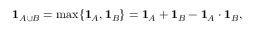
\mathbf { 1 } _ { A \cup B } = \operatorname* { m a x } \{ { \mathbf { 1 } _ { A } , \mathbf { 1 } _ { B } } \} = \mathbf { 1 } _ { A } + \mathbf { 1 } _ { B } - \mathbf { 1 } _ { A } \cdot \mathbf { 1 } _ { B } ,